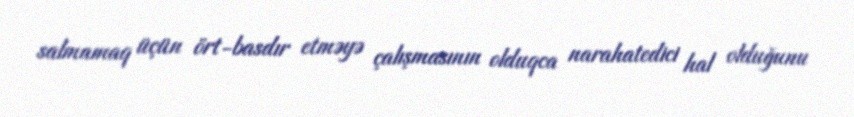
salmamaq üçün ört-basdır etməyə çalışmasının olduqca narahatedici hal olduğunu